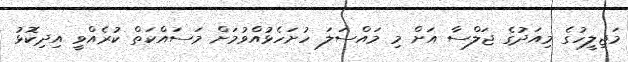
މަޖިލީހުގެ މިއަދުގެ ޖަލްސާ އަށް މި މައްސަލަ ހުށަހެޅުއްވުމަށް މަސައްކަތް ކުރެއްވީ އިދިކޮޅު